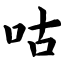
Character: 咕